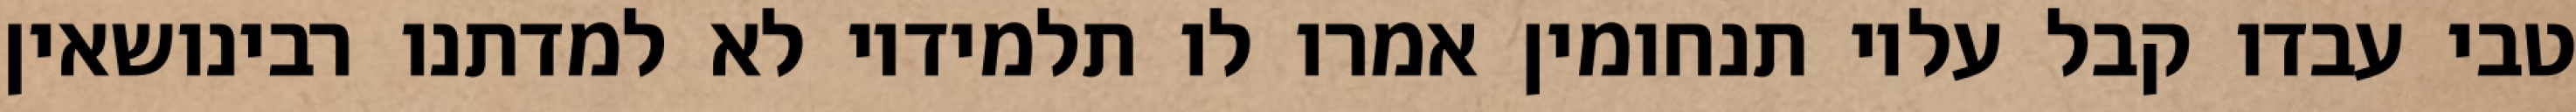
טבי עבדו קבל עליו תנחומין אמרו לו תלמידיו לא למדתנו רבינושאין